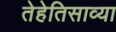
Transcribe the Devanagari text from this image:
तेहेतिसाव्या